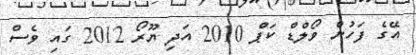
އޭގެ ފަހުން ވޯލްޑް ކަޕް 2010 އަދި ޔޫރޯ 2012 ގައި ވެސް